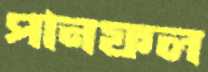
পানফল